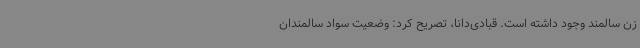
زن سالمند وجود داشته است. قبادی‌دانا، تصریح کرد: وضعیت سواد سالمندان